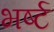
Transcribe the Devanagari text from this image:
भर्ष्ट